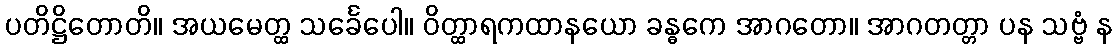
ပတိဋ္ဌိတောတိ။ အယမေတ္ထ သင်္ခေပေါ။ ဝိတ္ထာရကထာနယော ခန္ဓကေ အာဂတော။ အာဂတတ္တာ ပန သဗ္ဗံ န